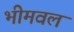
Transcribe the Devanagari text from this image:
भीमवल